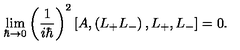
\lim _ { \hbar \rightarrow 0 } \left( \frac { 1 } { i \hbar } \right) ^ { 2 } \left[ A , \left( L _ { + } L _ { - } \right) , L _ { + } , L _ { - } \right] = 0 .